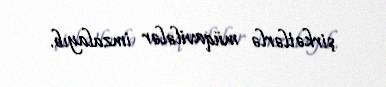
şirkətlərlə müqavilələr imzalayıb.